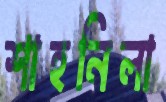
শাহনিলা